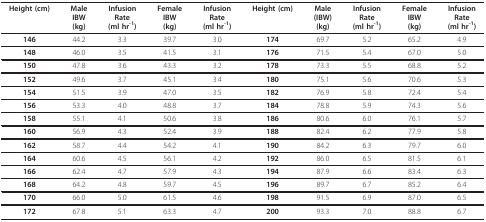
<table><thead><tr><td><b>Height (cm)</b></td><td><b>MaleIBW(kg)</b></td><td><b>InfusionRate(ml hr<sup>-1</sup>)</b></td><td><b>FemaleIBW(kg)</b></td><td><b>InfusionRate(ml hr<sup>-1</sup>)</b></td><td><b>Height (cm)</b></td><td><b>Male(IBW)(kg)</b></td><td><b>InfusionRate(ml hr<sup>-1</sup>)</b></td><td><b>FemaleIBW(kg)</b></td><td><b>InfusionRate(ml hr<sup>-1</sup>)</b></td></tr></thead><tbody><tr><td><b>146</b></td><td>44.2</td><td>3.3</td><td>39.7</td><td>3.0</td><td><b>174</b></td><td>69.7</td><td>5.2</td><td>65.2</td><td>4.9</td></tr><tr><td><b>148</b></td><td>46.0</td><td>3.5</td><td>41.5</td><td>3.1</td><td><b>176</b></td><td>71.5</td><td>5.4</td><td>67.0</td><td>5.0</td></tr><tr><td><b>150</b></td><td>47.8</td><td>3.6</td><td>43.3</td><td>3.2</td><td><b>178</b></td><td>73.3</td><td>5.5</td><td>68.8</td><td>5.2</td></tr><tr><td><b>152</b></td><td>49.6</td><td>3.7</td><td>45.1</td><td>3.4</td><td><b>180</b></td><td>75.1</td><td>5.6</td><td>70.6</td><td>5.3</td></tr><tr><td><b>154</b></td><td>51.5</td><td>3.9</td><td>47.0</td><td>3.5</td><td><b>182</b></td><td>76.9</td><td>5.8</td><td>72.4</td><td>5.4</td></tr><tr><td><b>156</b></td><td>53.3</td><td>4.0</td><td>48.8</td><td>3.7</td><td><b>184</b></td><td>78.8</td><td>5.9</td><td>74.3</td><td>5.6</td></tr><tr><td><b>158</b></td><td>55.1</td><td>4.1</td><td>50.6</td><td>3.8</td><td><b>186</b></td><td>80.6</td><td>6.0</td><td>76.1</td><td>5.7</td></tr><tr><td><b>160</b></td><td>56.9</td><td>4.3</td><td>52.4</td><td>3.9</td><td><b>188</b></td><td>82.4</td><td>6.2</td><td>77.9</td><td>5.8</td></tr><tr><td><b>162</b></td><td>58.7</td><td>4.4</td><td>54.2</td><td>4.1</td><td><b>190</b></td><td>84.2</td><td>6.3</td><td>79.7</td><td>6.0</td></tr><tr><td><b>164</b></td><td>60.6</td><td>4.5</td><td>56.1</td><td>4.2</td><td><b>192</b></td><td>86.0</td><td>6.5</td><td>81.5</td><td>6.1</td></tr><tr><td><b>166</b></td><td>62.4</td><td>4.7</td><td>57.9</td><td>4.3</td><td><b>194</b></td><td>87.9</td><td>6.6</td><td>83.4</td><td>6.3</td></tr><tr><td><b>168</b></td><td>64.2</td><td>4.8</td><td>59.7</td><td>4.5</td><td><b>196</b></td><td>89.7</td><td>6.7</td><td>85.2</td><td>6.4</td></tr><tr><td><b>170</b></td><td>66.0</td><td>5.0</td><td>61.5</td><td>4.6</td><td><b>198</b></td><td>91.5</td><td>6.9</td><td>87.0</td><td>6.5</td></tr><tr><td><b>172</b></td><td>67.8</td><td>5.1</td><td>63.3</td><td>4.7</td><td><b>200</b></td><td>93.3</td><td>7.0</td><td>88.8</td><td>6.7</td></tr></tbody></table>